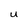
Character: U